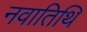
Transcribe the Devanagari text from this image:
नवातिथि